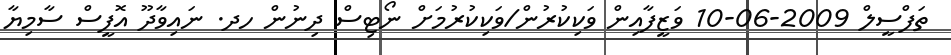
ތަފްސީލް 2009-06-10 ވަޒީފާއިން ވަކިކުރުން/ވަކިކުރުމަށް ނޯޓިސް ދިނުން ހދ. ނައިވާދޫ އޮފީސް ސާމިޔާ